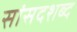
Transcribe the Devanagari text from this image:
सांसदशब्द